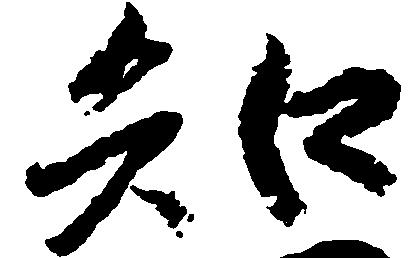
知